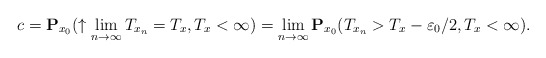
\begin{align*}c=\mathbf{P}_{x_0}(\uparrow \lim_{n\rightarrow \infty}T_{x_n}=T_x, T_x<\infty)=\lim_{n\rightarrow \infty} \mathbf{P}_{x_0}(T_{x_n}>T_x-\varepsilon_0/2, T_x<\infty). \end{align*}